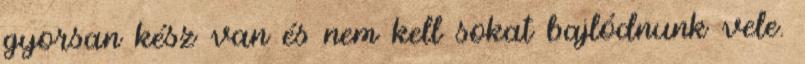
gyorsan kész van és nem kell sokat bajlódnunk vele.